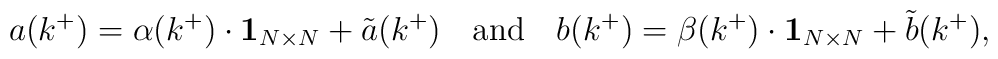
a(k^+) = \alpha (k^+)\cdot \mbox{${\bf 1}_{N\times N}$} + {\tilde a}(k^+) \hspace{4mm} \mbox{and} \hspace{4mm}      b(k^+) = \beta (k^+)\cdot \mbox{${\bf 1}_{N\times N}$} + {\tilde b}(k^+),